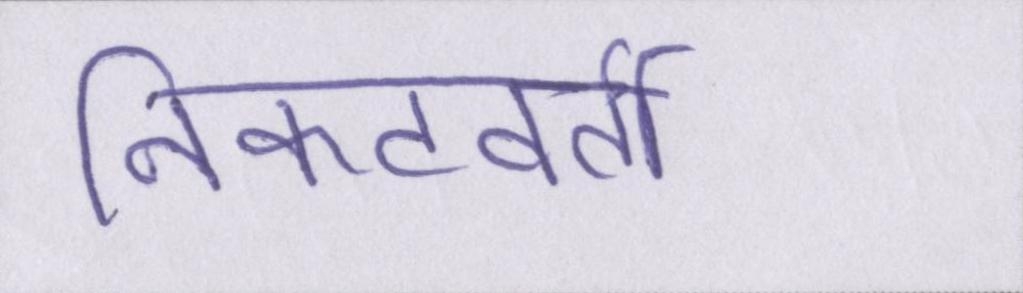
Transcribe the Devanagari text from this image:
निकटवर्ती